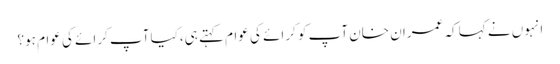
انہوں نے کہا کہ عمران خان آپ کو کرائے کی عوام کہتے ہی،کیا آپ کرائے کی عوام ہو؟